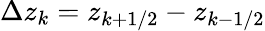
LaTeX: \Delta z_{k}=z_{k+1/2}-z_{k-1/2}